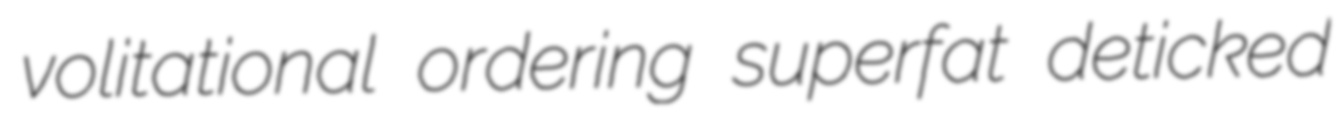
volitational ordering superfat deticked